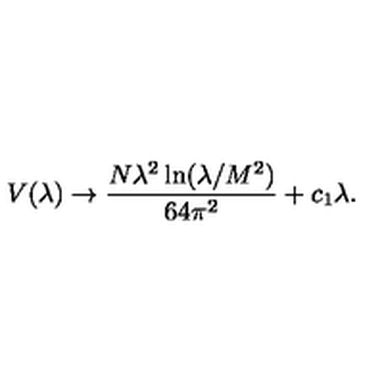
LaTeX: V ( \lambda ) \rightarrow \frac { N \lambda ^ { 2 } \ln ( \lambda / M ^ { 2 } ) } { 6 4 \pi ^ { 2 } } + c _ { 1 } \lambda .